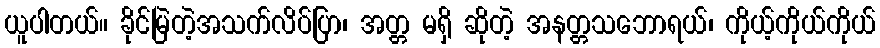
ယူပါတယ်။ ခိုင်မြဲတဲ့အသက်လိပ်ပြာ၊ အတ္တ မရှိ ဆိုတဲ့ အနတ္တသဘောရယ်၊ ကိုယ့်ကိုယ်ကိုယ်